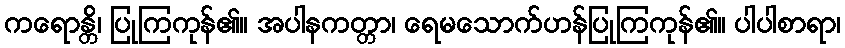
ကရောန္တိ၊ ပြုကြကုန်၏။ အပါနကတ္တာ၊ ရေမသောက်ဟန်ပြုကြကုန်၏။ ပါပါစာရာ၊